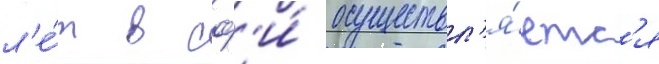
л'е́т в сф'и́ осуществл'я́етс'я